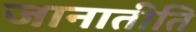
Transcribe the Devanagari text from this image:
जानातीति